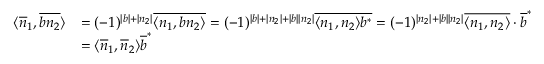
\begin{array} { r l } { \langle \overline { { n } } _ { 1 } , \overline { { b n _ { 2 } } } \rangle } & { = ( - 1 ) ^ { | b | + | n _ { 2 } | } \overline { { \langle n _ { 1 } , b n _ { 2 } \rangle } } = ( - 1 ) ^ { | b | + | n _ { 2 } | + | b | | n _ { 2 } | } \overline { { \langle n _ { 1 } , n _ { 2 } \rangle b ^ { * } } } = ( - 1 ) ^ { | n _ { 2 } | + | b | | n _ { 2 } | } \overline { { \langle n _ { 1 } , n _ { 2 } \rangle } } \cdot \overline { { b } } ^ { * } } \\ & { = \langle \overline { { n } } _ { 1 } , \overline { { n } } _ { 2 } \rangle \overline { { b } } ^ { * } } \end{array}